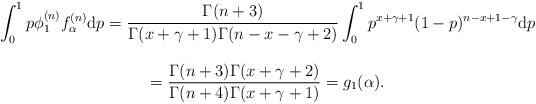
LaTeX: \begin{align*} \begin{array}{c} \displaystyle \int_{0}^{1} p \phi_1^{(n)} f^{(n)}_\alpha {\rm d} p = \frac{\Gamma(n+3)}{\Gamma(x+\gamma + 1) \Gamma(n-x-\gamma +2)} \int_0^1 p^{x+\gamma+1}(1-p)^{n-x+1-\gamma} {\rm d} p\\ \\ = \displaystyle \frac{\Gamma(n+3) \Gamma(x+\gamma + 2)}{\Gamma(n+4) \Gamma(x+\gamma + 1)} =g_1(\alpha). \end{array} \end{align*}